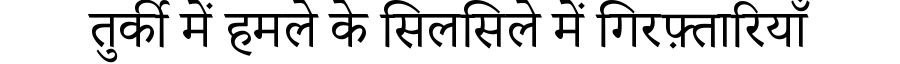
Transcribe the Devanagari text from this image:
तुर्की में हमले के सिलसिले में गिरफ़्तारियाँ